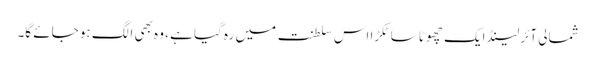
شمالی آئرلینڈ ایک چھوٹا سا ٹکڑا اس سلطنت میں رہ گیا ہے ، وہ بھی الگ ہو جائے گا۔